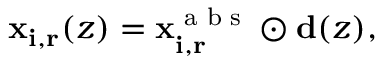
\mathbf { x _ { i , r } } ( z ) = \mathbf { x _ { i , r } ^ { \textrm { a b s } } } \odot \mathbf { d } ( z ) ,